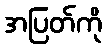
အပြတ်ကို